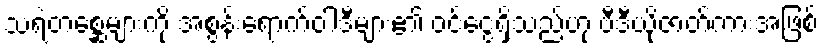
သရဲတစ္ဆေများကို အစွန်းရောက်ဝါဒီများ၏ ဝင်ငွေရှိသည်ဟု ဗီဒီယိုဇာတ်ကားအဖြစ်